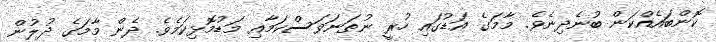
ކޮންބައެއްކަން ބުނެދިނެވެ. މާމަގެ އަޑުގައި ހުރީ ނުތަނަވަސްކަމާއި މަޑުމޮޅިކަމެވެ. ދެން މާމަގެ ދުލުން